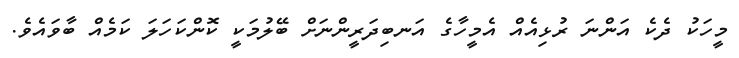
މީހަކު ދެކެ އަންނަ ރުޅިއެއް އެމީހާގެ އަނބިދަރީންނަށް ބޭލުމަކީ ކޮންކަހަލަ ކަމެއް ބާވައެވެ.